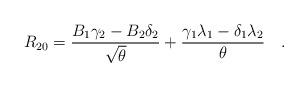
LaTeX: \begin{align*} R_{20} ={B_1\gamma_2 - B_2 \delta_2\over{\sqrt{\theta}}} + {\gamma_1 \lambda_1 - \delta_1\lambda_2\over{\theta}} \quad .\end{align*}